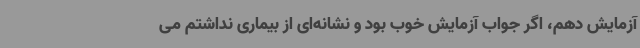
آزمایش دهم، اگر جواب آزمایش خوب بود و نشانه‌ای از بیماری نداشتم می